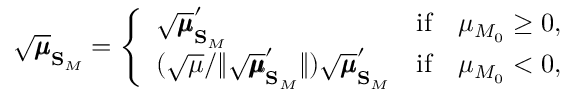
\sqrt { \pmb { \mu } } _ { \mathbf { S } _ { M } } = \left\{ \begin{array} { l l } { \sqrt { \pmb { \mu } } _ { \mathbf { S } _ { M } } ^ { \prime } } & { \mathrm { i f } \quad \mu _ { M _ { 0 } } \geq 0 , } \\ { ( \sqrt { \mu } / \lVert \sqrt { \pmb { \mu } } _ { \mathbf { S } _ { M } } ^ { \prime } \rVert ) \sqrt { \pmb { \mu } } _ { \mathbf { S } _ { M } } ^ { \prime } } & { \mathrm { i f } \quad \mu _ { M _ { 0 } } < 0 , } \end{array} \right.